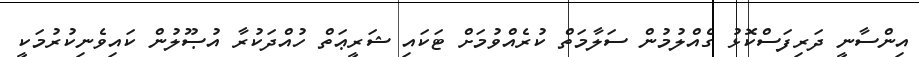
އިންސާނީ ދަރިފަސްކޮޅު ގެއްލުމުން ސަލާމަތް ކުރެއްވުމަށް ޓަކައި ޝަރީޢަތް ހުއްދަކުރާ އުޞޫލުން ކައިވެނިކުރުމަކީ